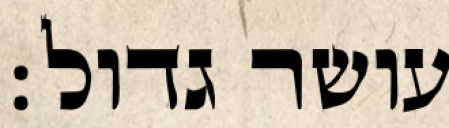
עושר גדול: